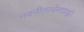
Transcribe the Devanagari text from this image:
नवनीतार्थनाप्रह्वो